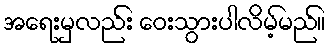
အရေးမှလည်း ဝေးသွားပါလိမ့်မည်။